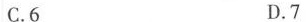
C.6 D.7